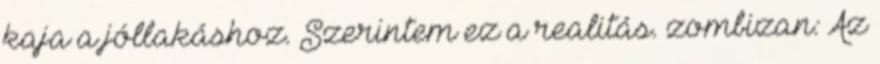
kaja a jóllakáshoz. Szerintem ez a realitás. zombizan: Az